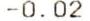
-0.02